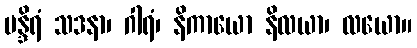
မန္ဒိရံ သဒနာ၊ ဂါရံ၊ နိကာယော နိလယာ၊ လယော။